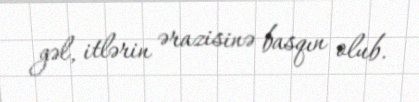
gəl, itlərin ərazisinə basqın olub.